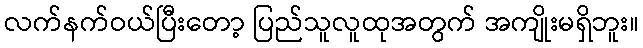
လက်နက်ဝယ်ပြီးတော့ ပြည်သူလူထုအတွက် အကျိုးမရှိဘူး။